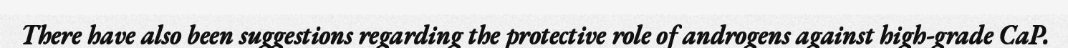
There have also been suggestions regarding the protective role of androgens against high-grade CaP.